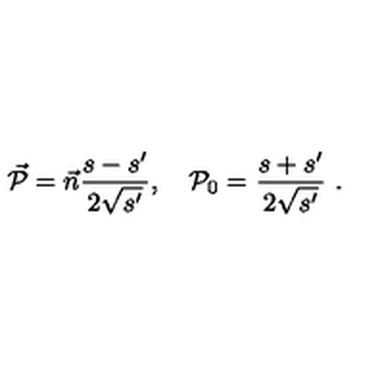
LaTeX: \vec { \cal P } = \vec { n } \frac { s - s ^ { \prime } } { 2 \sqrt { s ^ { \prime } } } , \quad { \cal P } _ { 0 } = \frac { s + s ^ { \prime } } { 2 \sqrt { s ^ { \prime } } } \ .